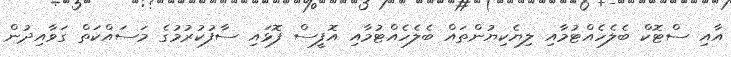
އާއި ސްޓޮކް ބެލެހެއްޓުމާއި ލިޔެކިޔުންތައް ބެލެހެއްޓުމާއި އޮފީސް ފޮޅައި ސާފުކުރުމުގެ މަސައްކަތް ގަވާއިދުން